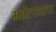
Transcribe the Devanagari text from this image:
महोत्सवांचा